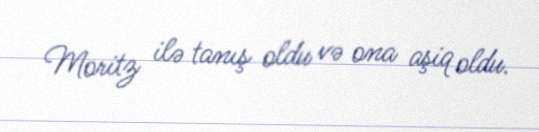
Moritz ilə tanış oldu və ona aşiq oldu.